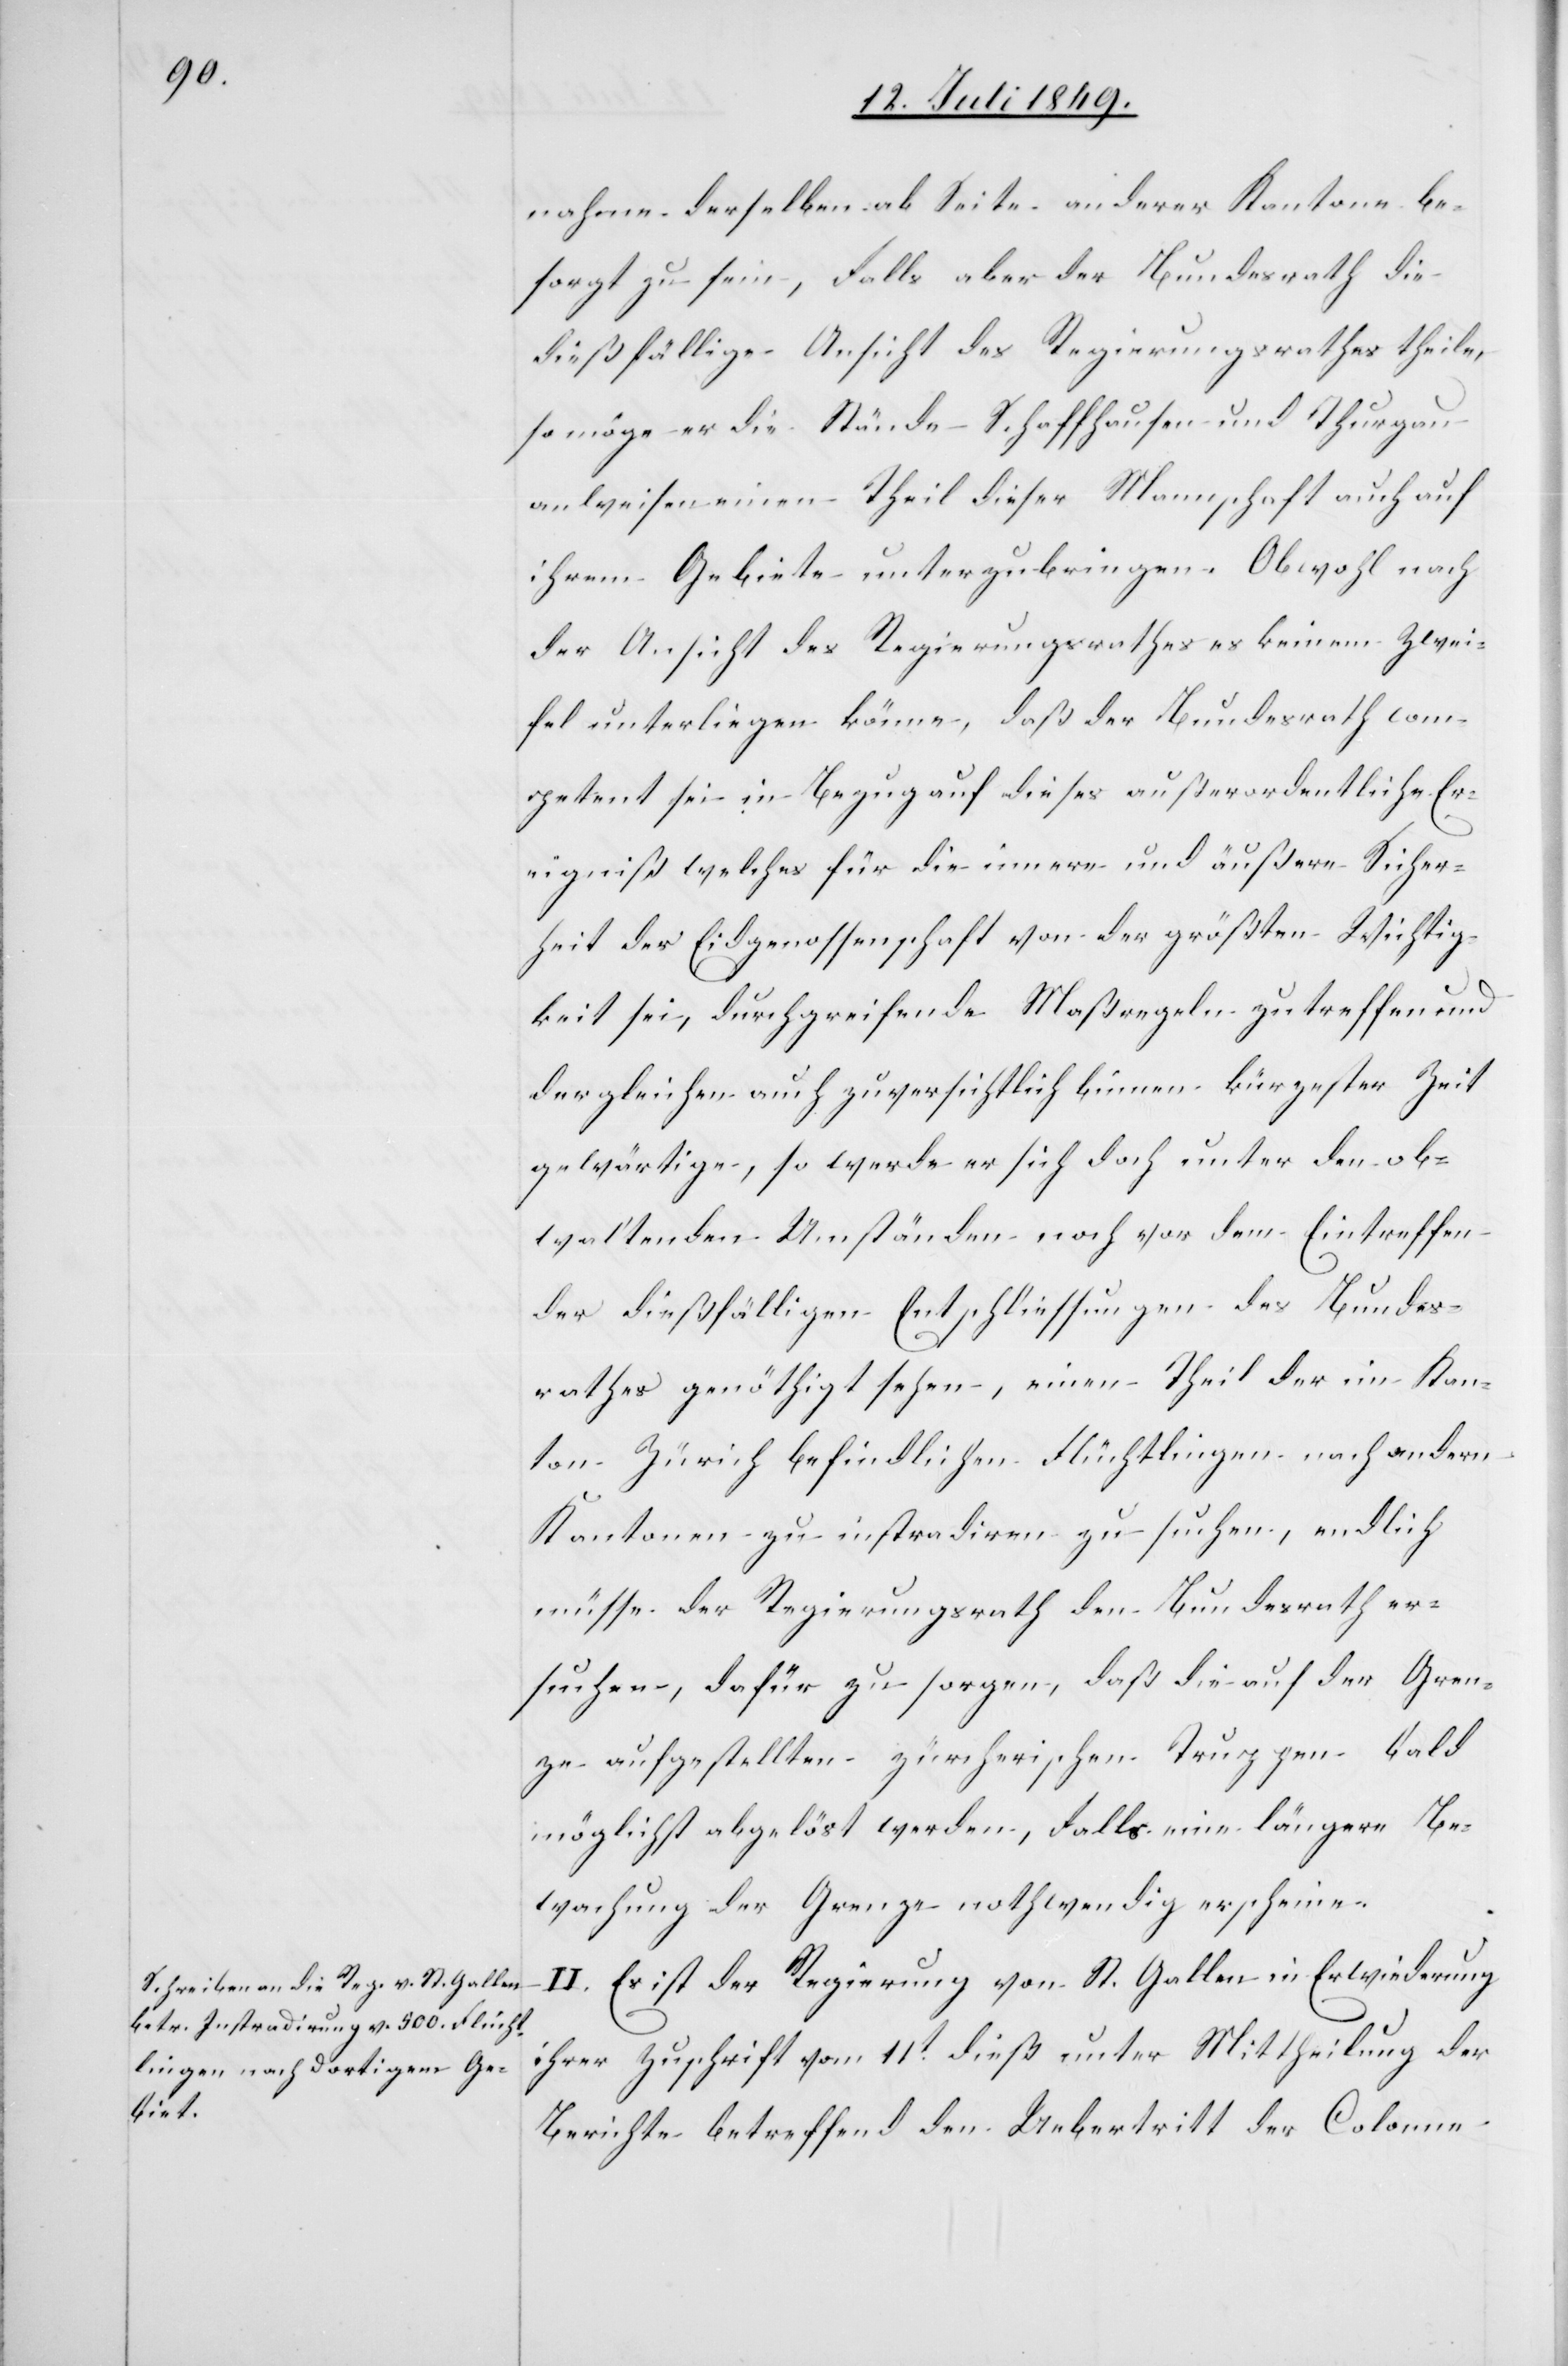
nahme derselben ab Seite anderer Kantone be¬
sorgt zu sein, Falls aber der Bundesrath die
dießfällige Ansicht des Regierungsrathes theile,
so möge er die Stände Schaffhausen und Thurgau
anweisen einen Theil dieser Mannschaft auch auf
ihrem Gebiete unterzubringen. Obwohl nach
der Ansicht des Regierungsrathes es keinem Zwei¬
fel unterliegen könne, daß der Bundesrath com¬
petent sei in Bezug auf dieses außerordentliche Er¬
eigniß welches für die innere und äußere Sicher¬
heit der Eidgenossenschaft von der größten Wichtig¬
keit sei, durchgreifende Maßregeln zutreffen und
dergleichen auch zuversichtlich binnen kürzester Zeit
gewärtige, so werde er sich doch unter den ob¬
waltenden Umständen noch vor dem Eintreffen
der dießfälligen Entschliessungen des Bundes¬
rathes genöthigt sehen, einen Theil der im Kan¬
ton Zürich befindlichen Flüchtlingen nach andern
Kantonen zu instradiren zu suchen, endlich
müsse der Regierungsrath den Bundesrath er¬
suchen, dafür zu sorgen, daß die auf der Gren¬
ze aufgestellten zürcherischen Truppen bald
möglichst abgelöst werden, Falls eine längere Be¬
wachung der Grenze nothwendig erscheine.
II. Es ist der Regierung von St. Gallen in Erwiederung
ihrer Zuschrift vom 11t dieß unter Mittheilung der
Berichte betreffend den Uebertritt der Colonne